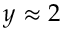
y \approx 2